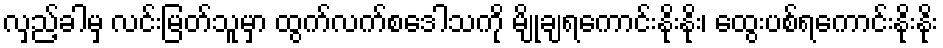
လှည့်ခါမှ လင်းမြတ်သူမှာ ထွက်လက်စဒေါသကို မျိုချရကောင်းနိုးနိုး၊ ထွေးပစ်ရကောင်းနိုးနိုး